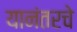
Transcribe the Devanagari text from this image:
यानंतरचे